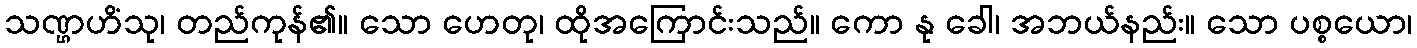
သဏ္ဌဟိံသု၊ တည်ကုန်၏။ သော ဟေတု၊ ထိုအကြောင်းသည်။ ကော နု ခေါ၊ အဘယ်နည်း။ သော ပစ္စယော၊